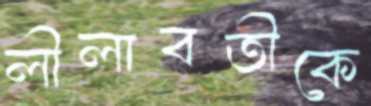
লীলাবতীকে